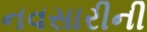
નવસારીની